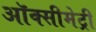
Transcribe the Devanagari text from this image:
ऑक्सीमेट्री